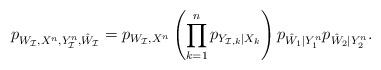
LaTeX: \begin{align*} p_{W_\mathcal{I} ,X^n, Y_\mathcal{I}^n, \hat W_\mathcal{I}}=p_{W_\mathcal{I},X^n}\left(\prod_{k=1}^n p_{Y_{\mathcal{I},k}|X_k}\right) p_{\hat W_1 |Y_1^n} p_{\hat W_2 |Y_2^n}. \end{align*}